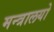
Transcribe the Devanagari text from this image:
मन्त्रालयो